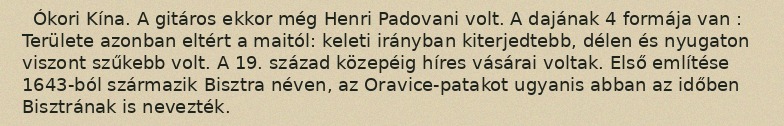
Ókori Kína. A gitáros ekkor még Henri Padovani volt. A dajának 4 formája van : Területe azonban eltért a maitól: keleti irányban kiterjedtebb, délen és nyugaton viszont szűkebb volt. A 19. század közepéig híres vásárai voltak. Első említése 1643-ból származik Bisztra néven, az Oravice-patakot ugyanis abban az időben Bisztrának is nevezték.